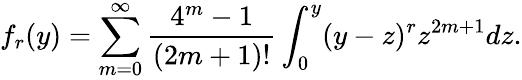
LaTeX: f_{r}(y)=\sum_{m=0}^{\infty}{\frac{4^{m}-1}{(2m+1)!}}\int_{0}^{y}(y-z)^{r}z^{2m+1}dz.